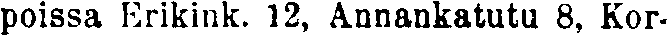
poissa Erikink. 12, Annankatutu 8, Kor-